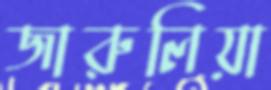
জারুলিয়া